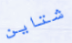
شتاين